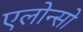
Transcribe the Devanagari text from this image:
एलोन्सो